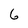
Character: 6